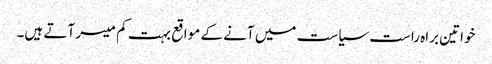
خواتین براہ راست سیاست میں آنے کے مواقع بہت کم میسر آتے ہیں۔